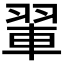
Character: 𫅨